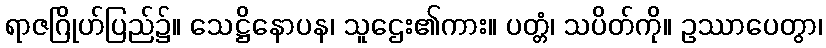
ရာဇဂြိုဟ်ပြည်၌။ သေဋ္ဌိနောပန၊ သူဌေး၏ကား။ ပတ္တံ၊ သပိတ်ကို။ ဥဿာပေတွာ၊